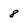
Character: 8